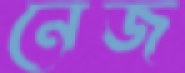
নেজ